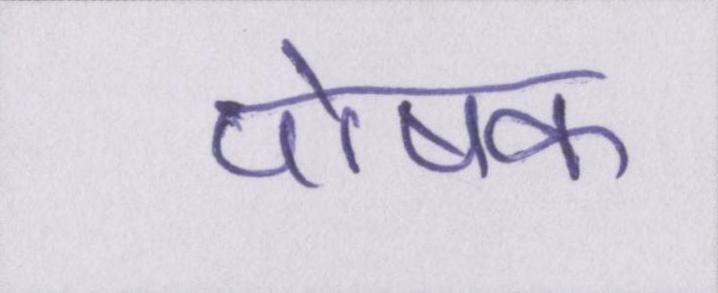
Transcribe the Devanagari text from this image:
पोषक